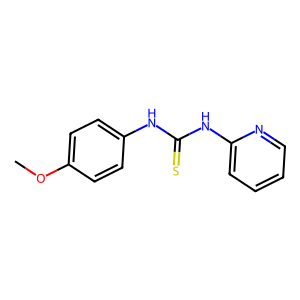
SMILES: COc1ccc(NC(=S)Nc2ccccn2)cc1
Inhibits HIV replication: No